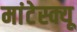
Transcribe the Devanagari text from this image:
मांटेस्क्यू